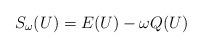
LaTeX: \begin{align*}S_{\omega}(U) = E(U) - \omega Q(U)\end{align*}